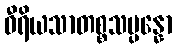
ဝီရိယသာတစ္စသမ္ပန္နော